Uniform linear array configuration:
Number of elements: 48
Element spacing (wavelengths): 0.75
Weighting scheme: exponential
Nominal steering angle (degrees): -30
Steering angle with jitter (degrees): -31.402
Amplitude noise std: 0.05
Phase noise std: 0.05

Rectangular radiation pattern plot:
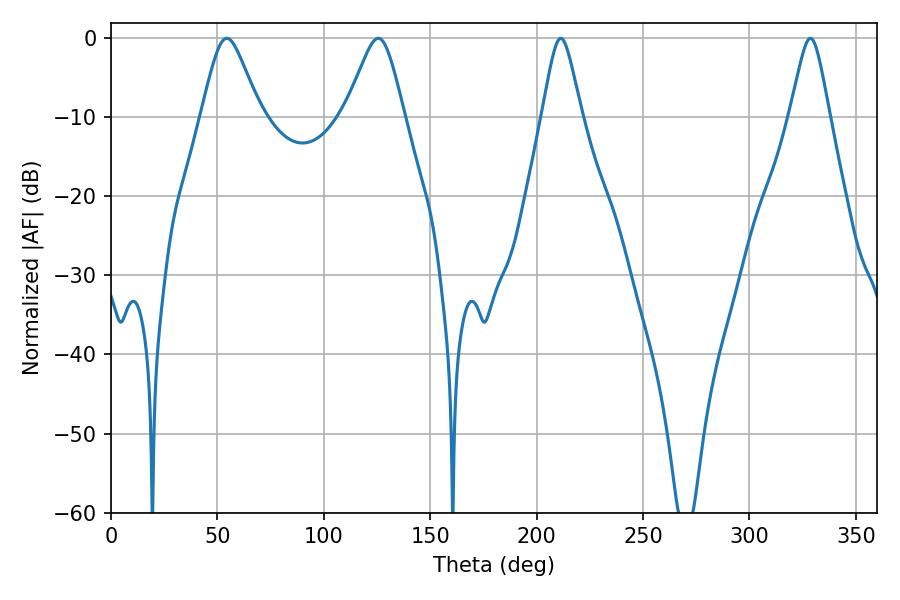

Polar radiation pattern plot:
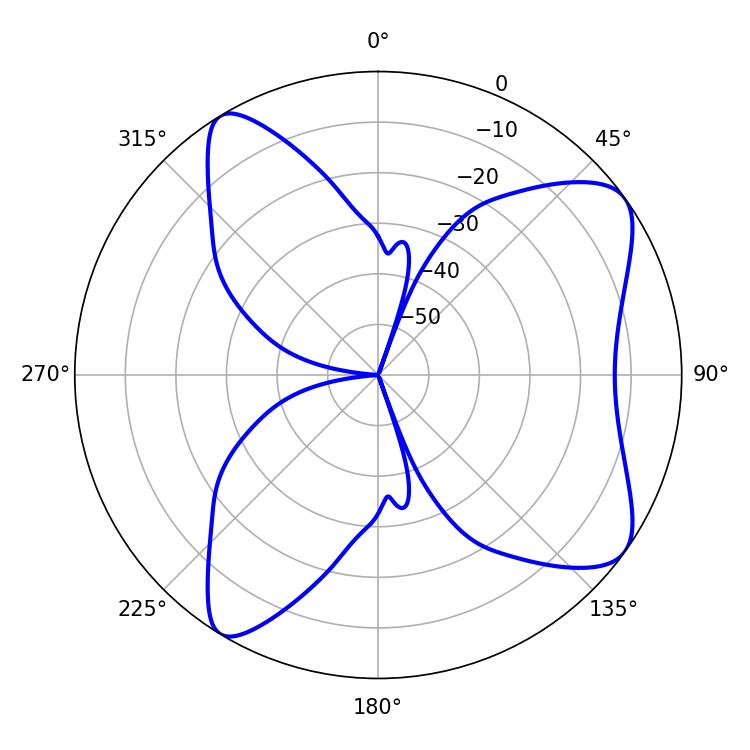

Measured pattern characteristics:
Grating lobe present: TRUE
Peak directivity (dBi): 8.446
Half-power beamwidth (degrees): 13.32
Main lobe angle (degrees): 54.36